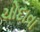
ચોદાવા